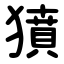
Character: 獖